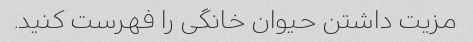
مزیت داشتن حیوان خانگی را فهرست کنید.